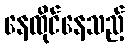
နေထိုင်နေသည့်